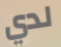
لدي